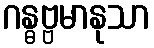
ဂန္ဓဗ္ဗမာနုသာ